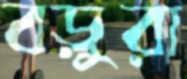
বড়ুরা